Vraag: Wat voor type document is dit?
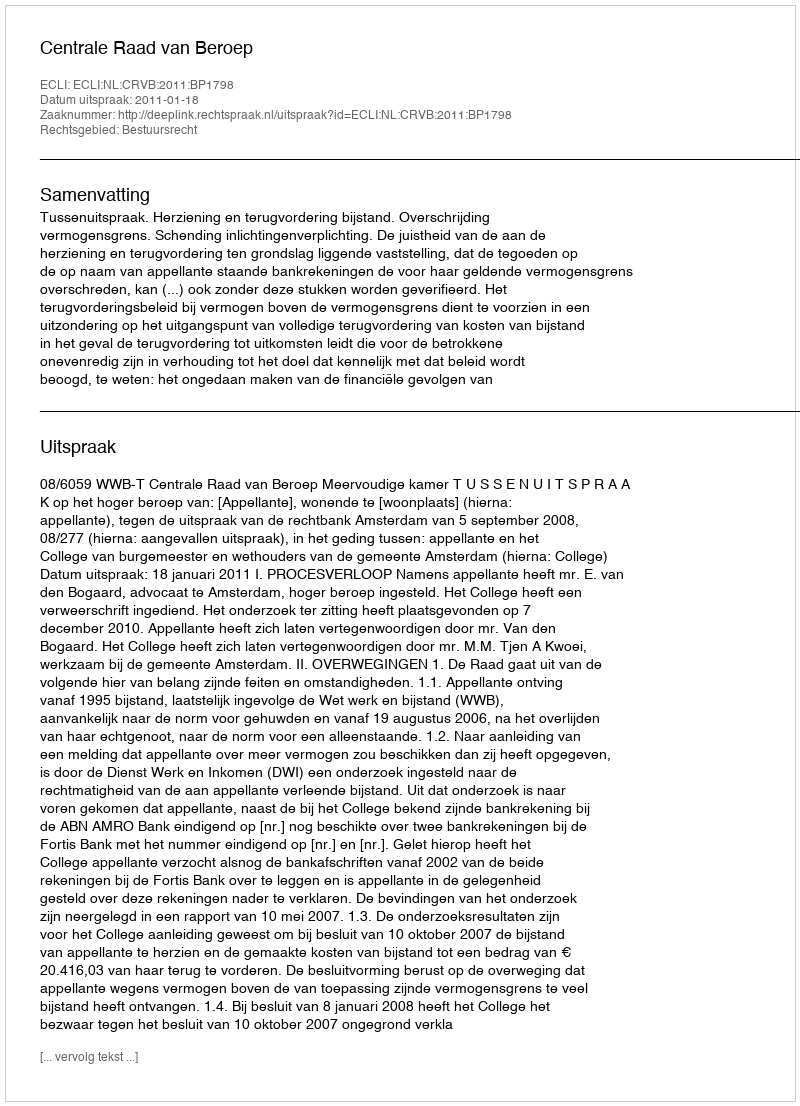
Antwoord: Uitspraak